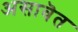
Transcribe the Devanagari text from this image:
असावॆत